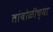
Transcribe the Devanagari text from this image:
तांबोळीच्या